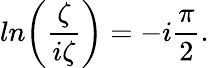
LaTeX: ln\biggl({\frac{\zeta}{i\zeta}}\biggr)=-i{\frac{\pi}{2}}.